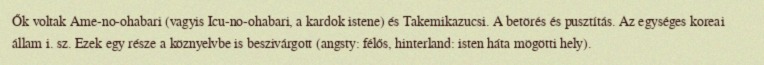
Ők voltak Ame-no-ohabari (vagyis Icu-no-ohabari, a kardok istene) és Takemikazucsi. A betörés és pusztítás. Az egységes koreai állam i. sz. Ezek egy része a köznyelvbe is beszivárgott (angsty: félős, hinterland: isten háta mögötti hely).